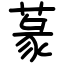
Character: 蒃